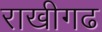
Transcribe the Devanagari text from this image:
राखीगढ